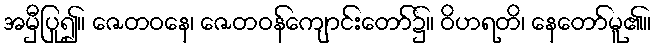
အမှီပြု၍။ ဇေတဝနေ၊ ဇေတဝန်ကျောင်းတော်၌။ ဝိဟရတိ၊ နေတော်မူ၏။